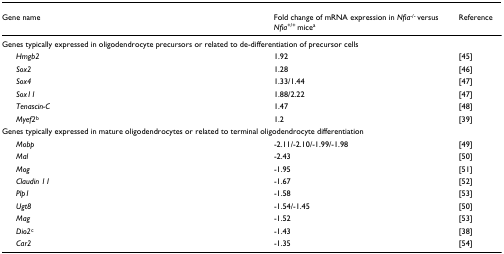
| Gene name | Fold change of mRNA expression in Nfia-/- versus Nfia+/+ micea | Reference |
 | --- | --- | --- |
 | <COLSPAN=3> Genes typically expressed in oligodendrocyte precursors or related to de-differentiation of precursor cells |
 | Hmgb2 | 1.92 | [45] |
 | Sox2 | 1.28 | [46] |
 | Sox4 | 1.33/1.44 | [47] |
 | Sox11 | 1.88/2.22 | [47] |
 | Tenascin-C | 1.47 | [48] |
 | Myef2b | 1.2 | [39] |
 | <COLSPAN=3> Genes typically expressed in mature oligodendrocytes or related to terminal oligodendrocyte differentiation |
 | Mobp | -2.11/-2.10/-1.99/-1.98 | [49] |
 | Mal | -2.43 | [50] |
 | Mog | -1.95 | [51] |
 | Claudin 11 | -1.67 | [52] |
 | Plp1 | -1.58 | [53] |
 | Ugt8 | -1.54/-1.45 | [50] |
 | Mag | -1.52 | [53] |
 | Dio2c | -1.43 | [38] |
 | Car2 | -1.35 | [54] |